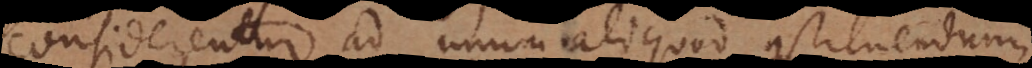
considerentur ad unum aliquod constituendum,